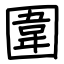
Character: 圍